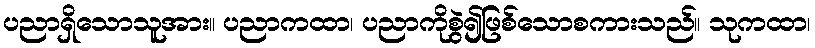
ပညာရှိသောသူအား။ ပညာကထာ၊ ပညာကိုစွဲ၍ဖြစ်သောစကားသည်။ သုကထာ၊